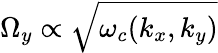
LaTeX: {\Omega}_{y}\propto\sqrt{\omega_{c}(k_{x},k_{y})}